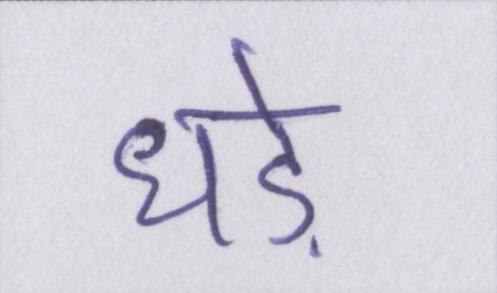
धड़े